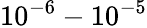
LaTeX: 10^{-6}-10^{-5}